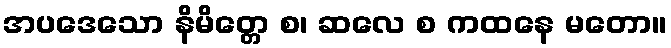
အပဒေသော နိမိတ္တေ စ၊ ဆလေ စ ကထနေ မတော။